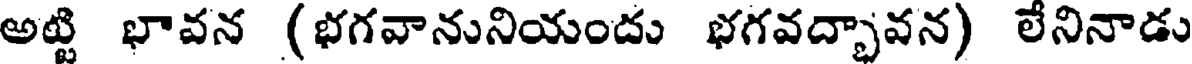
అట్టి భావన (భగవానునియందు భగవద్భావన) లేనినాడు